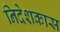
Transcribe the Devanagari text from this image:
निदेशकास